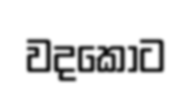
වදකොට